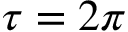
\tau = 2 \pi